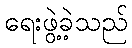
ရေးဖွဲ့ခဲ့သည်